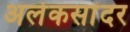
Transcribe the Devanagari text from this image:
अलेकसांदर